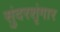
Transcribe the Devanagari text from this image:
सुंदरशृंगार